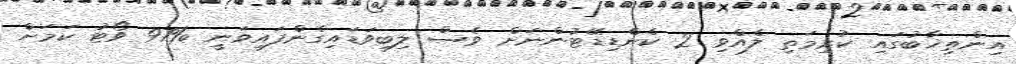
އިންތިޚާބުގައި ކުރިމަތި ލެއްވި 2 ކެންޑިޑޭޓުންނަށް ވެސް ލިބިވަޑައިގެންފައިވަނީ %97 ވޯޓު ކަމަށް